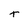
Character: t